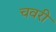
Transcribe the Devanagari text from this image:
चवरी